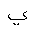
Letter: _ya